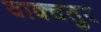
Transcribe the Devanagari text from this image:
वाक्चतुर